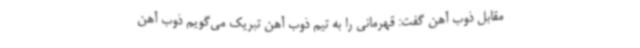
مقابل ذوب آهن گفت: قهرمانی را به تیم ذوب آهن تبریک می‌گویم ذوب آهن